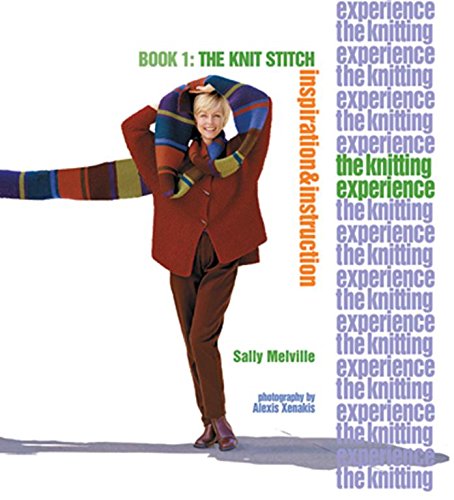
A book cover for The Knitting Experience Book 1: The Knit Stitch, Inspiration & Instruction; Sally Melville; Crafts, Hobbies & Home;